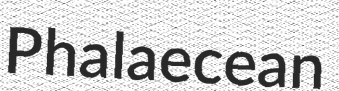
Phalaecean